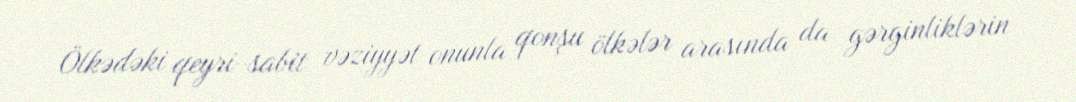
Ölkədəki qeyri-sabit vəziyyət onunla qonşu ölkələr arasında da gərginliklərin